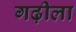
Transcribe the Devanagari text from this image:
गढ़ीला